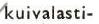
kuivalasti-